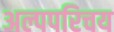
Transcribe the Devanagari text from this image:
अल्पपरिचय